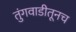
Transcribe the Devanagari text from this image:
तुंगवाडीतूनच